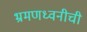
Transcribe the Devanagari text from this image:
भ्रमणध्वनीची